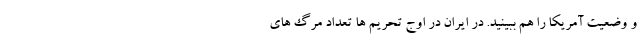
و وضعیت آمریکا را هم ببینید. در ایران در اوج تحریم ها تعداد مرگ های